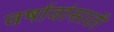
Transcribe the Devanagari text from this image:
वर्षावांसाठी